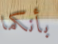
بأنكما